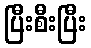
ပြီးစီးပြီး